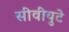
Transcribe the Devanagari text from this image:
सीवीयुटे